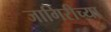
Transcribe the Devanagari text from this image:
जागिरीच्या